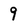
Character: 9